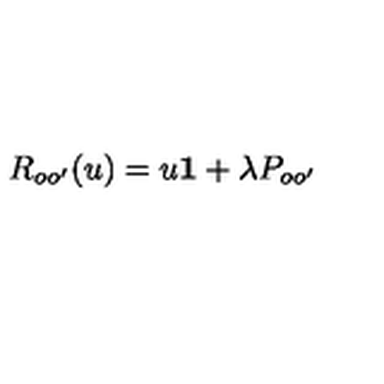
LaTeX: R _ { o o ^ { \prime } } ( u ) = u { \bf 1 } + \lambda P _ { o o ^ { \prime } }